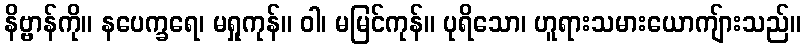
နိဗ္ဗာန်ကို။ နပေက္ခရေ၊ မရှုကုန်။ ဝါ၊ မမြင်ကုန်။ ပုရိသော၊ ဟူရားသမားယောကျ်ားသည်။